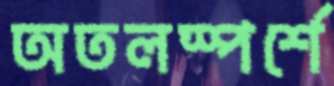
অতলস্পর্শে